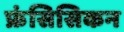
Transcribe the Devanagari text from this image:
फ्रंसिसिकन